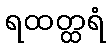
ရထတ္ထရံ